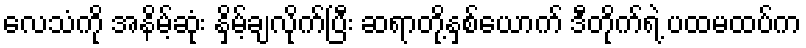
လေသံကို အနိမ့်ဆုံး နှိမ့်ချလိုက်ပြီး ဆရာတို့နှစ်ယောက် ဒီတိုက်ရဲ့ ပထမထပ်က